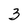
Character: 3